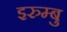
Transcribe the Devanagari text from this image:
इरुम्बु